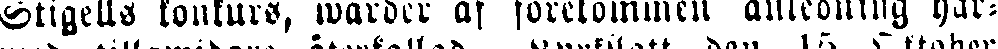
Stigells konkurs, warder af förekommen anledning har-